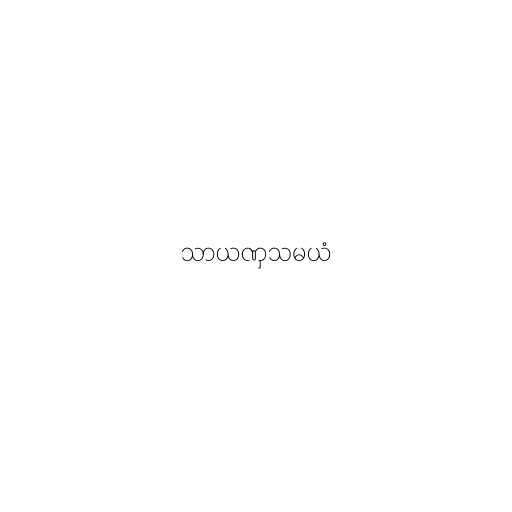
သာယဏှသမယံ